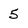
Character: 5